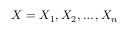
X = X _ { 1 } , X _ { 2 } , \dots , X _ { n }